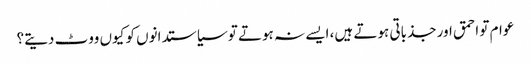
عوام تو احمق اور جذباتی ہوتے ہیں، ایسے نہ ہوتے تو سیاستدانوں کو کیوں ووٹ دیتے؟